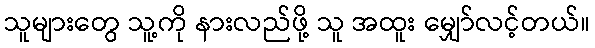
သူများတွေ သူ့ကို နားလည်ဖို့ သူ အထူး မျှော်လင့်တယ်။